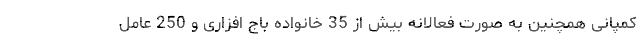
کمپانی همچنین به صورت فعالانه بیش از 35 خانواده باج افزاری و 250 عامل